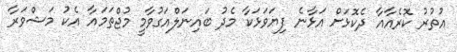
އުތުރު ކޮރެއާއާ ދެކޮޅަށް އަޅާނެ ފިޔަވަޅަކާ މެދު ބައިނަލްއަގުވާމީ މުޖްތަމައާ އެކު މަޝްވަރާ